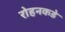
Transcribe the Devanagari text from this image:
रोहनकडे